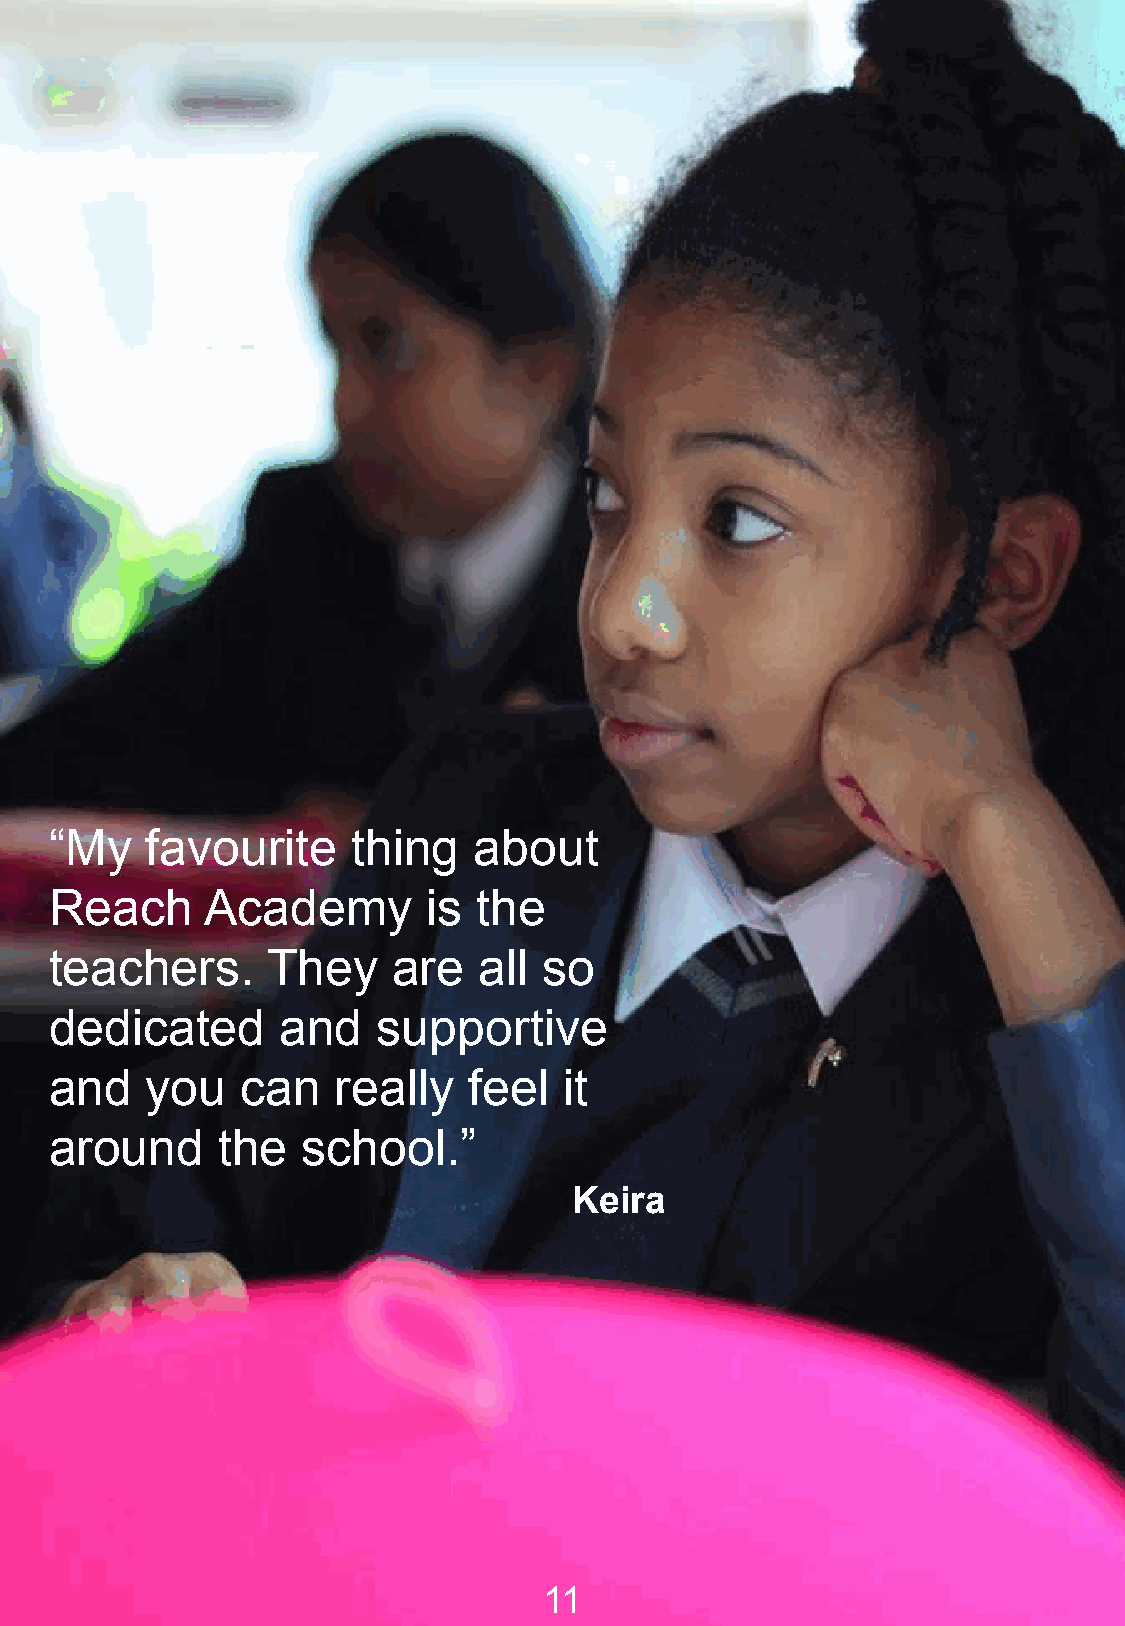
“My    favourite    thing   about
 Reach      Academy       is  the
 teachers.      They    are   all so
 dedicated       and   supportive
 and    you   can   really   feel  it
 around     the   school.”
 Keira
 11